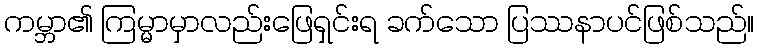
ကမ္ဘာ၏ ကြမ္မာမှာလည်းဖြေရှင်းရ ခက်သော ပြဿနာပင်ဖြစ်သည်။